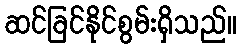
ဆင်ခြင်နိုင်စွမ်းရှိသည်။